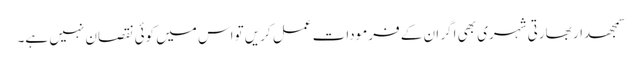
سمجھدار بھارتی شہری بھی اگر ان کے فرمودات عمل کریں تواس میں کوئی نقصان نہیں ہے۔